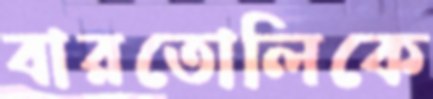
বারতোলিকে